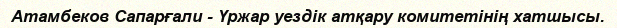
Атамбеков Сапарғали - Үржар уездік атқару комитетінің хатшысы.